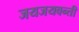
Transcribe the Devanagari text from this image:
जयजयवन्ती